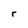
Character: r